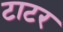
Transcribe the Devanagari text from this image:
टाटर